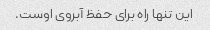
این تنها راه برای حفظ آبروی اوست.